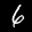
Label: 6